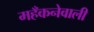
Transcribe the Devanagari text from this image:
महँकनेवाली